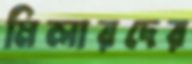
মিলারদের